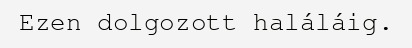
Ezen dolgozott haláláig.